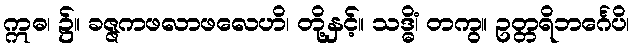
ဣဓ၊ ၌။ ခဇ္ဇကဖလာဖလေဟိ၊ တို့နှင့်။ သဒ္ဓိံ၊ တကွ။ ဥတ္တရိဘင်္ဂေပိ၊